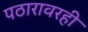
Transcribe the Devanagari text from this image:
पठारावरही